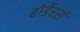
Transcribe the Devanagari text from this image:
बोर्डेरर्स